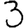
Digit: 3